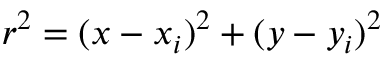
r ^ { 2 } = ( x - x _ { i } ) ^ { 2 } + ( y - y _ { i } ) ^ { 2 }